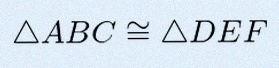
\triangle ABC\cong\triangle DEF